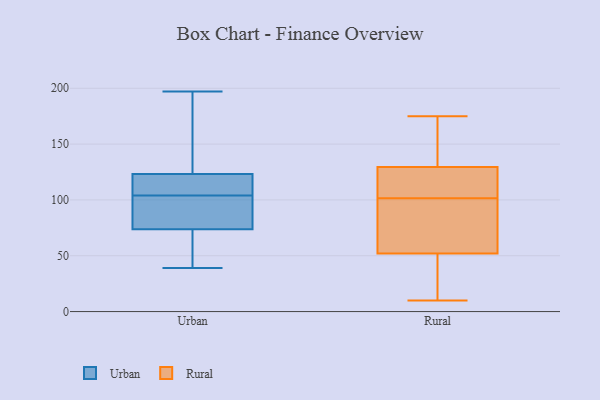
{"axis": {"x": "LTV (USD)", "y": "Value"}, "legend": ["Rural", "Urban"], "data": [{"x": "", "y": 112, "type": "Urban"}, {"x": "", "y": 127, "type": "Urban"}, {"x": "", "y": 73, "type": "Urban"}, {"x": "", "y": 80, "type": "Urban"}, {"x": "", "y": 197, "type": "Urban"}, {"x": "", "y": 105, "type": "Urban"}, {"x": "", "y": 79, "type": "Urban"}, {"x": "", "y": 122, "type": "Urban"}, {"x": "", "y": 40, "type": "Urban"}, {"x": "", "y": 74, "type": "Urban"}, {"x": "", "y": 39, "type": "Urban"}, {"x": "", "y": 104, "type": "Urban"}, {"x": "", "y": 144, "type": "Urban"}, {"x": "", "y": 126, "type": "Rural"}, {"x": "", "y": 140, "type": "Rural"}, {"x": "", "y": 60, "type": "Rural"}, {"x": "", "y": 107, "type": "Rural"}, {"x": "", "y": 86, "type": "Rural"}, {"x": "", "y": 133, "type": "Rural"}, {"x": "", "y": 15, "type": "Rural"}, {"x": "", "y": 151, "type": "Rural"}, {"x": "", "y": 10, "type": "Rural"}, {"x": "", "y": 16, "type": "Rural"}, {"x": "", "y": 80, "type": "Rural"}, {"x": "", "y": 44, "type": "Rural"}, {"x": "", "y": 100, "type": "Rural"}, {"x": "", "y": 114, "type": "Rural"}, {"x": "", "y": 175, "type": "Rural"}, {"x": "", "y": 103, "type": "Rural"}]}